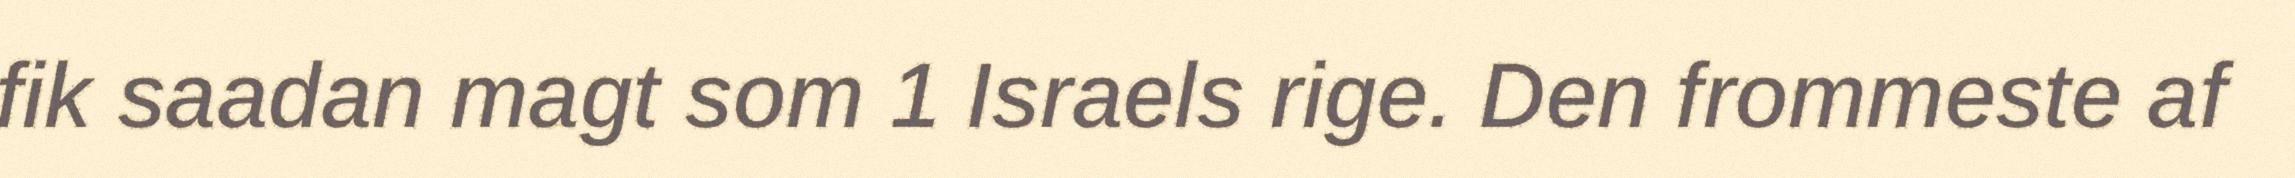
fik saadan magt som 1 Israels rige. Den frommeste af